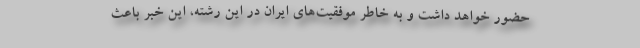
حضور خواهد داشت و به خاطر موفقیت‌های ایران در این رشته، این خبر باعث